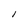
Character: l